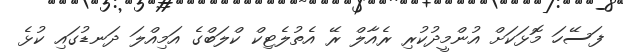
ފަސޭހަ މޮޅަކަށް އުންމީދުކުރި ރެއާލް ރޭ އެތުލެޓިކް ކްލަބްގެ އަމިއްލަ ދަނޑުގައި ކުޅެ